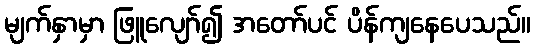
မျက်နှာမှာ ဖြူလျော်၍ အတော်ပင် ပိန်ကျနေပေသည်။